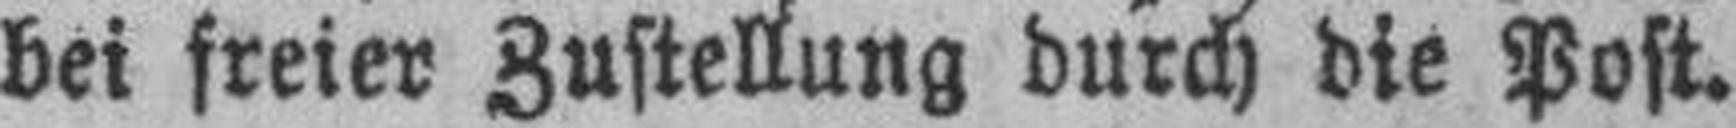
bei freier Zustellung durch die Post.